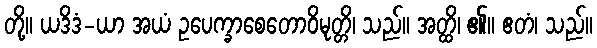
တို့။ ယဒိဒံ-ယာ အယံ ဥပေက္ခာစေတောဝိမုတ္တိ၊ သည်။ အတ္ထိ၊ ၏။ ဧတံ၊ သည်။